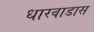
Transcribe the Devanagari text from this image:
धारवाडास